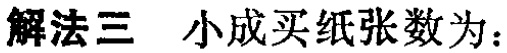
解法三 小成买纸张数为：